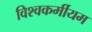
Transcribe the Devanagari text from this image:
विश्वकर्मीयम